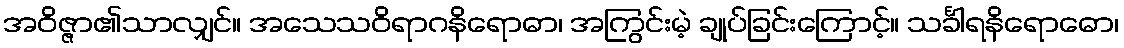
အဝိဇ္ဇာ၏သာလျှင်။ အသေသဝိရာဂနိရောဓာ၊ အကြွင်းမဲ့ ချုပ်ခြင်းကြောင့်။ သင်္ခါရနိရောဓော၊